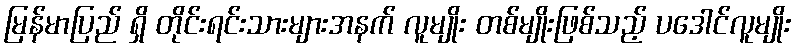
မြန်မာပြည် ရှိ တိုင်းရင်းသားများအနက် လူမျိုး တစ်မျိုးဖြစ်သည့် ပဒေါင်လူမျိုး